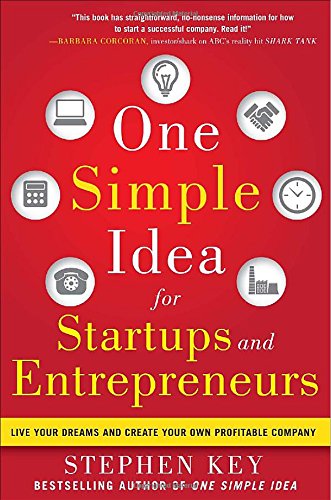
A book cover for One Simple Idea for Startups and Entrepreneurs:  Live Your Dreams and Create Your Own Profitable Company; Stephen Key; Computers & Technology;